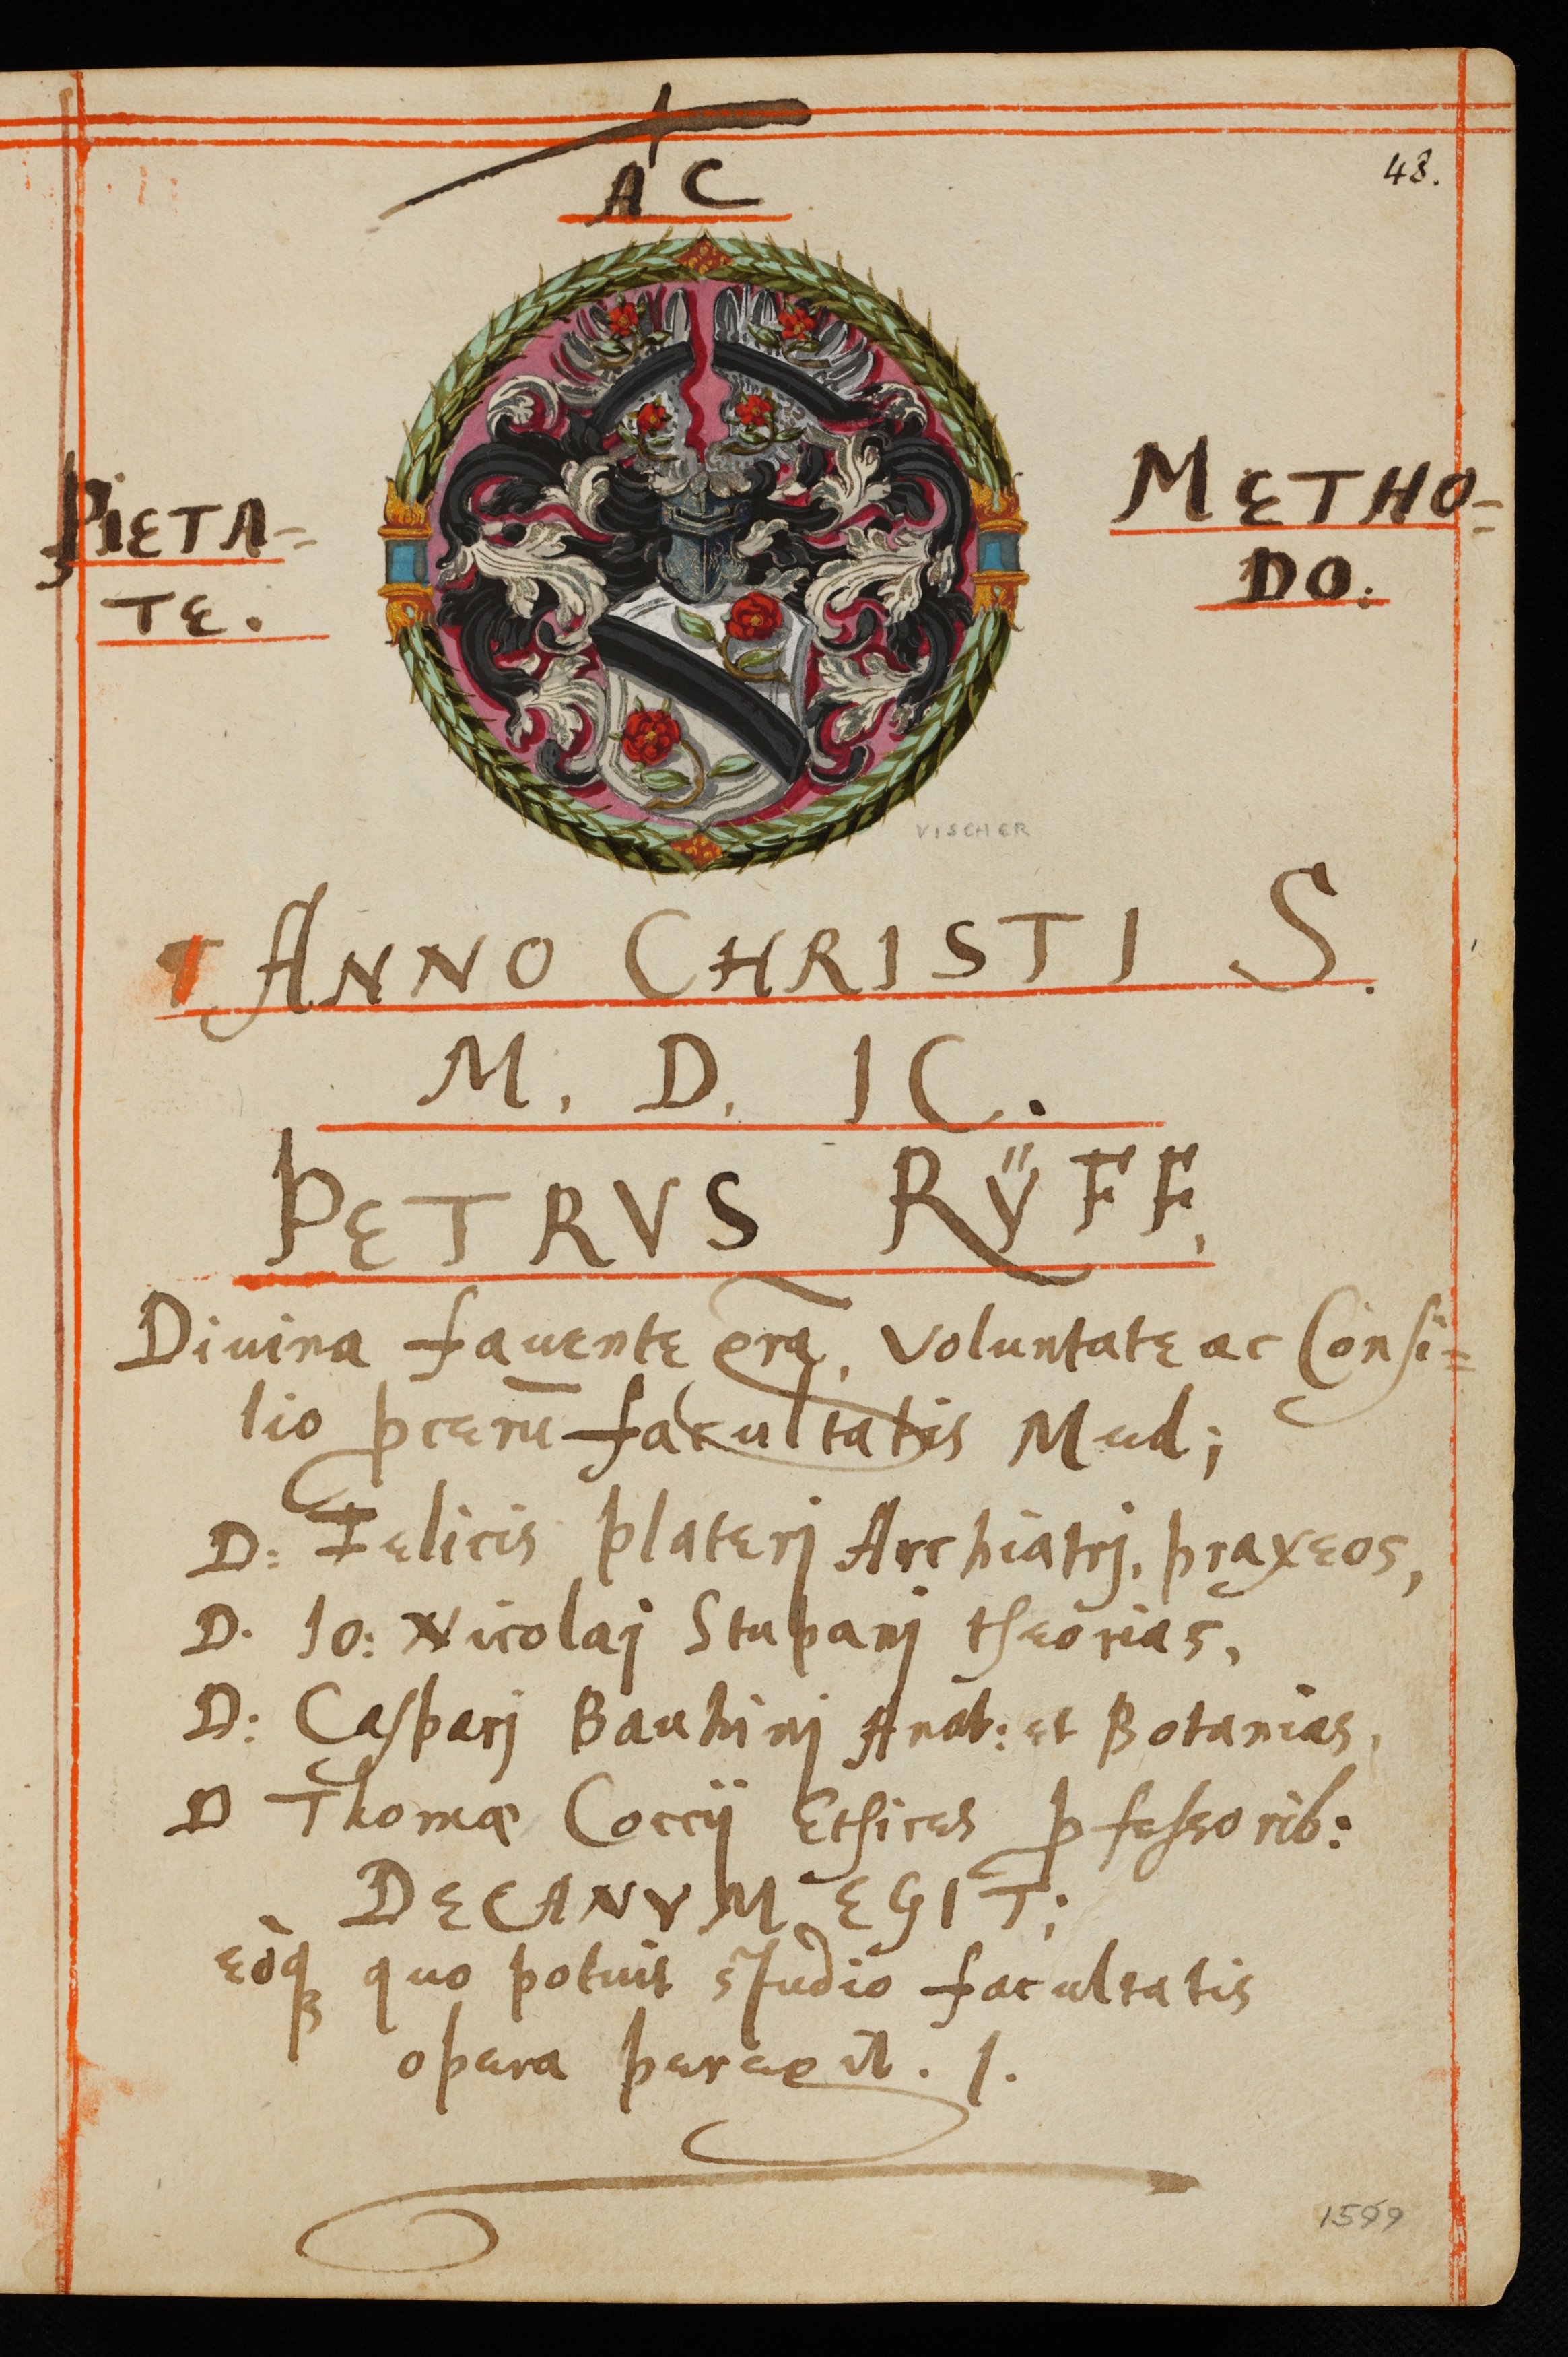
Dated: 1559–1800